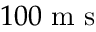
1 0 0 \mathrm { ~ m ~ s ~ }